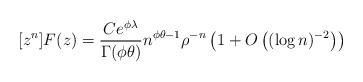
LaTeX: \begin{align*}[z^n]F(z) = \frac{Ce^{\phi \lambda}}{\Gamma(\phi \theta)}n^{\phi \theta-1} \rho^{-n}\left(1 + O\left((\log n)^{-2}\right)\right)\end{align*}